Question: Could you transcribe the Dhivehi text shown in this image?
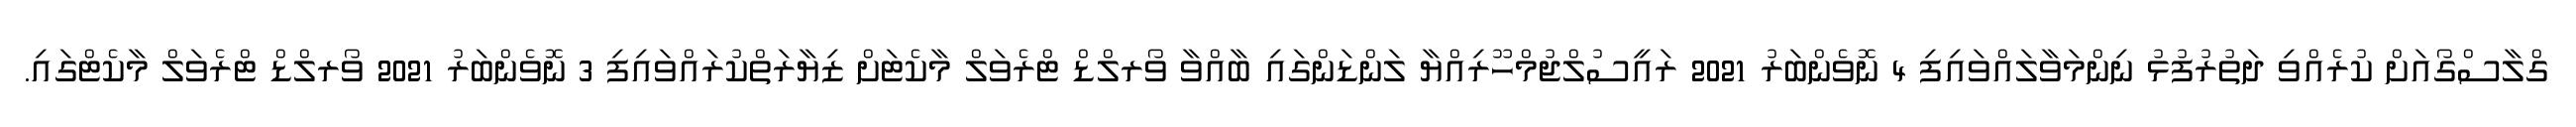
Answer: ގްލާސްގޯއަށް ކުރެއްވި ދަތުރުފުޅު ނިންމަވާލައްވައިފި 4 ނޮވެންބަރު 2021 ރައީސުލްޖުމްހޫރިއްޔާ ލަންޑަންގައި ބާއްވާ ވޯރލްޑް ޓްރެވަލް މާކެޓަށް ޒިޔާރަތްކުރައްވައިފި 3 ނޮވެންބަރު 2021 ވޯރލްޑް ޓްރެވަލް މާކެޓްގައި.